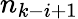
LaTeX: n_{k-i+1}